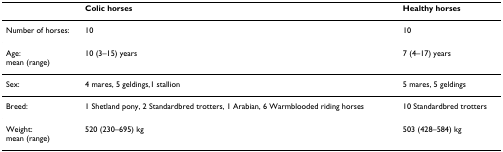
<table><thead><tr><td></td><td><b>Colic horses</b></td><td><b>Healthy horses</b></td></tr></thead><tbody><tr><td>Number of horses:</td><td>10</td><td>10</td></tr><tr><td>Age:mean (range)</td><td>10 (3–15) years</td><td>7 (4–17) years</td></tr><tr><td>Sex:</td><td>4 mares, 5 geldings,1 stallion</td><td>5 mares, 5 geldings</td></tr><tr><td>Breed:</td><td>1 Shetland pony, 2 Standardbred trotters, 1 Arabian, 6 Warmblooded riding horses</td><td>10 Standardbred trotters</td></tr><tr><td>Weight:mean (range)</td><td>520 (230–695) kg</td><td>503 (428–584) kg</td></tr></tbody></table>